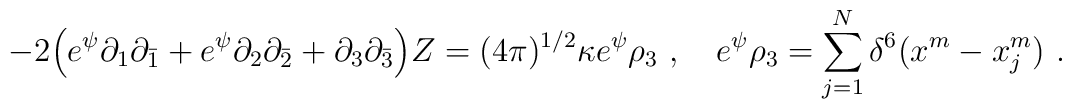
- 2\Bigl(e^{\psi} \partial_1\partial_{\bar{1}}+e^{\psi} \partial_2 \partial_{\bar{2}}+\partial_3 \partial_{\bar{3}} \Bigr) Z =(4\pi)^{1/2} \kappa e^{\psi} \rho_3\ ,\quad e^{\psi} \rho_3 =\sum_{j=1}^N \delta^6(x^m - x^m_j) \ .